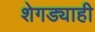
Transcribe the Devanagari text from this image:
शेगड्याही